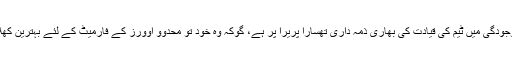
اُپل تھرنگا کی غیر موجودگی میں ٹیم کی قیادت کی بھاری ذمہ داری تھسارا پریرا پر ہے، گوکہ وہ خود تو محدوو اوورز کے فارمیٹ کے لئے بہترین کھلاڑی مانے جاتے ہیں۔